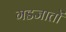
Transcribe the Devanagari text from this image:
गडजातों